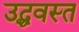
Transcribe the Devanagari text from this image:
उद्धवस्‍त